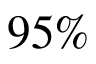
9 5 \%